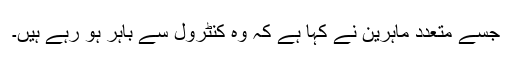
جسے متعدد ماہرین نے کہا ہے کہ وہ کنٹرول سے باہر ہو رہے ہیں۔